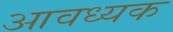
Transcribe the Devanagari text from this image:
आवध्यक